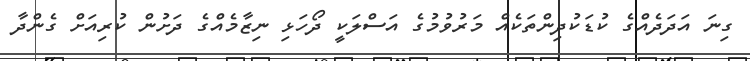
ގިނަ އަދަދެއްގެ ކުޑަކުދިންތަކެއް މަރުވުމުގެ އަސްލަކީ ދޯހަޅި ނިޒާމެއްގެ ދަށުން ކުރިއަށް ގެންދާ